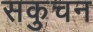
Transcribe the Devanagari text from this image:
सकुचन